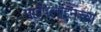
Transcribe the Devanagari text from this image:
पाईपलाइनच्या